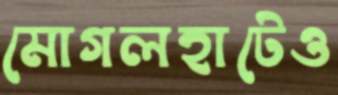
মোগলহাটেও